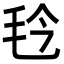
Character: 㲐